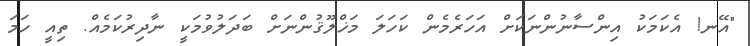
"އޭނ! އެކަަމަކު އިންސާނުންނަކަށް އަހަރެމެން ކަހަަލަ މަޚްލޫޤުންނަށް ބަދަލުވުމަކީ ނާދިރުކަމެއް. ތިއީ ހަމަ